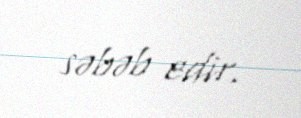
səbəb edir.